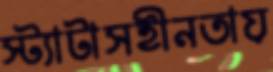
স্ট্যাটাসহীনতায়